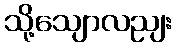
သို့သျောလညျး